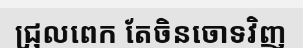
ជ្រុលពេក តែចិនចោទវិញ